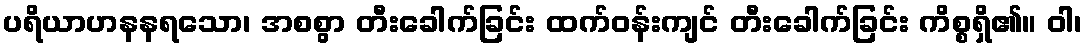
ပရိယာဟနနရသော၊ အစစွာ တီးခေါက်ခြင်း ထက်ဝန်းကျင် တီးခေါက်ခြင်း ကိစ္စရှိ၏။ ဝါ၊